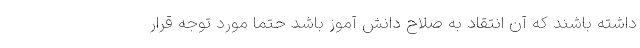
داشته باشند که آن انتقاد به صلاح دانش آموز باشد حتما مورد توجه قرار